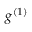
g ^ { ( 1 ) }